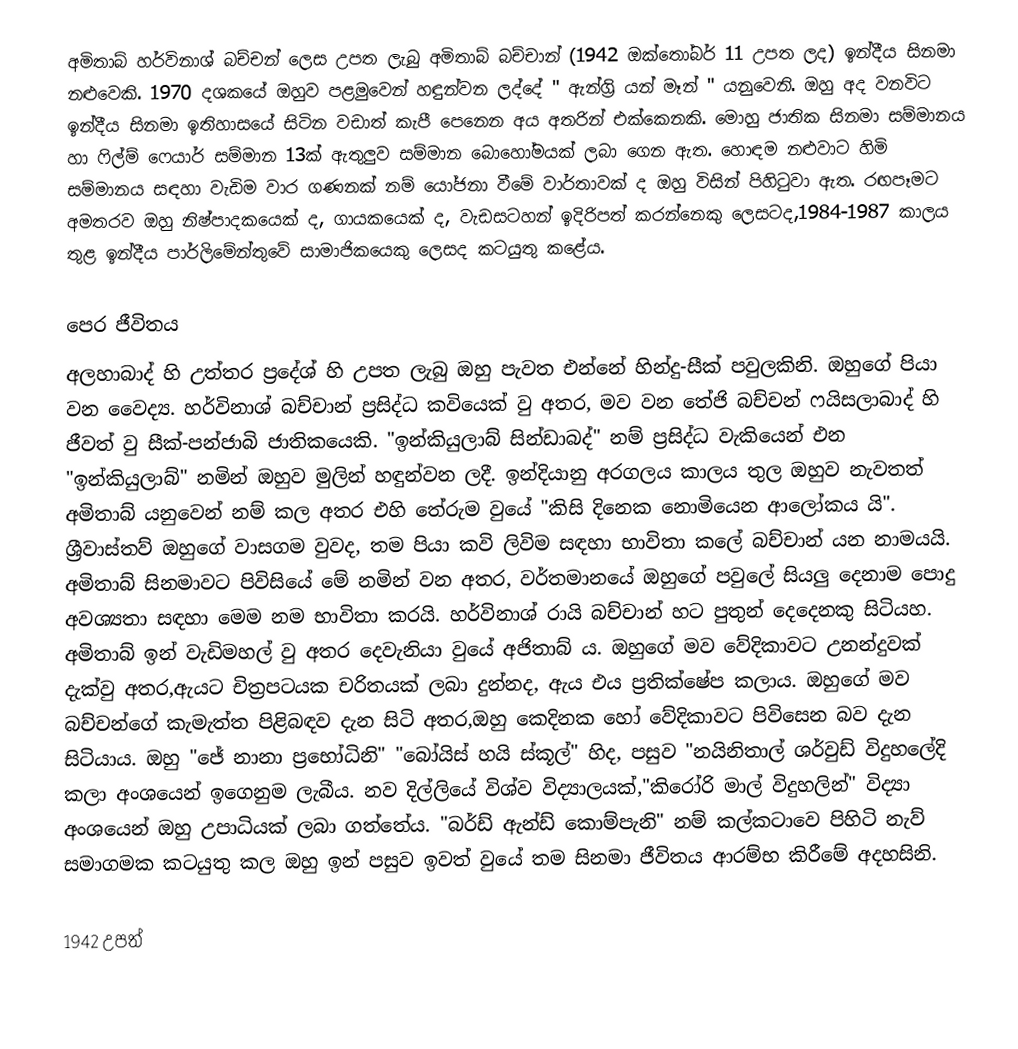
අමිතාබ් හර්විනාශ් බච්චන් ලෙස උපත ලැබු අමිතාබ් බච්චාන් (1942 ඔක්තෝබර් 11 උපත ලද) ඉන්දීය සිනමා නළුවෙකි. 1970 දශකයේ ඔහුව පළමුවෙන් හඳුන්වන ලද්දේ " ඇන්ග්‍රි යන් මෑන් " යනුවෙනි. ඔහු අද වනවිට ඉන්දීය සිනමා ඉතිහාසයේ සිටින වඩාත් කැපී පෙනෙන අය අතරින් එක්කෙනකි. මොහු ජාතික සිනමා සම්මානය හා ෆිල්ම් ෆෙයාර් සම්මාන 13ක් ඇතුලුව සම්මාන බොහෝමයක් ලබා ගෙන ඇත. හොඳම නළුවාට හිමි සම්මානය සඳහා වැඩිම වාර ගණනක් නම් යෝජනා වීමේ වාර්තාවක් ද ඔහු විසින් පිහිටුවා ඇත. රඟපෑමට අමතරව ඔහු  නිෂ්පාදකයෙක් ද, ගායකයෙක් ද, වැඩසටහන් ඉදිරිපත් කරන්නෙකු ලෙසටද,1984-1987 කාලය තුළ ඉන්දීය පාර්ලිමේන්තුවේ සාමාජිකයෙකු ලෙසද කටයුතු කළේය.

පෙර ජීවිතය
අලහාබාද් හි උත්තර ප්‍රදේශ් හි උපත ලැබු ඔහු පැවත එන්නේ හින්දු-සීක් පවුලකිනි. ඔහුගේ පියා වන වෛද්‍ය. හර්විනාශ් බච්චාන් ප්‍රසිද්ධ කවියෙක් වු අතර, මව වන තේජි බච්චන් ෆයිසලාබාද් හි ජීවත් වු සීක්-පන්ජාබි ජාතිකයෙකි. "ඉන්කියුලාබ් සින්ඩාබද්" නම් ප්‍රසිද්ධ වැකියෙන් එන "ඉන්කියුලාබ්" නමින් ඔහුව මුලින් හඳුන්වන ලදී. ඉන්දියානු අරගලය කාලය තුල ඔහුව නැවතත් අමිතාබ් යනුවෙන් නම් කල අතර එහි තේරුම වුයේ "කිසි දිනෙක නොමියෙන ආලෝකය යි". ශ්‍රීවාස්තව් ඔහුගේ වාසගම වුවද, තම පියා කවි ලිවිම සඳහා භාවිතා කලේ බච්චාන් යන නාමයයි. අමිතාබ් සිනමාවට පිවිසියේ මේ නමින් වන අතර, වර්තමානයේ ඔහුගේ පවුලේ සියලු දෙනාම පොදු අවශ්‍යතා සඳහා මෙම නම භාවිතා කරයි. හර්විනාශ් රායි බච්චාන් හට පුතුන් දෙදෙනකු  සිටියහ. අමිතාබ් ඉන් වැඩිමහල් වු අතර දෙවැනියා වුයේ අජිතාබ් ය. ඔහුගේ මව වේදිකාවට උනන්දුවක් දැක්වු අතර,ඇයට චිත්‍රපටයක චරිතයක් ලබා දුන්නද, ඇය එය ප්‍රතික්ෂේප කලාය. ඔහුගේ මව බච්චන්ගේ කැමැත්ත පිළිබඳව දැන සිටි අතර,ඔහු කෙදිනක හෝ වේදිකාවට පිවිසෙන බව දැන සිටියාය. ඔහු "ජේ නානා ප්‍රභෝධිනි" "බෝයිස් හයි ස්කූල්" හිද, පසුව "නයිනිතාල් ශර්වුඩ් විදුහලේදි කලා අංශයෙන් ඉගෙනුම ලැබීය. නව දිල්ලියේ විශ්ව විද්‍යාලයක්,"කිරෝරි මාල් විදුහලින්" විද්‍යා අංශයෙන් ඔහු උපාධියක් ලබා ගත්තේය. "බර්ඩ් ඇන්ඩ් කොම්පැනි" නම් කල්කටාවෙ පිහිටි නැව් සමාගමක කටයුතු කල ඔහු ඉන් පසුව ඉවත් වුයේ තම සිනමා ජීවිතය ආරම්භ කිරීමේ අදහසිනි.

1942 උපත්